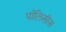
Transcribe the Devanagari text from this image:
पॉलिसीस